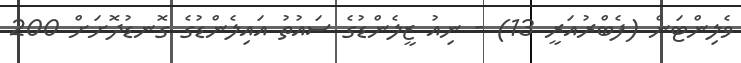
ވެލިންޓަން (ފެބްރުއަރީ 13) - ނިއު ޒީލެންޑުގެ ސައުތު އައިލެންޑުގެ ގޮނޑުދޮށަށް 200